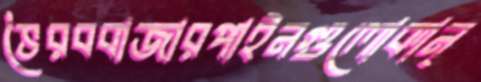
ভৈরববাজারপাইনগুলোকান্